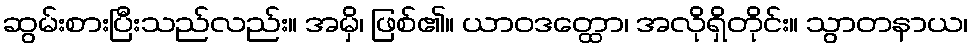
ဆွမ်းစားပြီးသည်လည်း။ အမှိ၊ ဖြစ်၏။ ယာဝဒတ္ထော၊ အလိုရှိတိုင်း။ သွာတနာယ၊